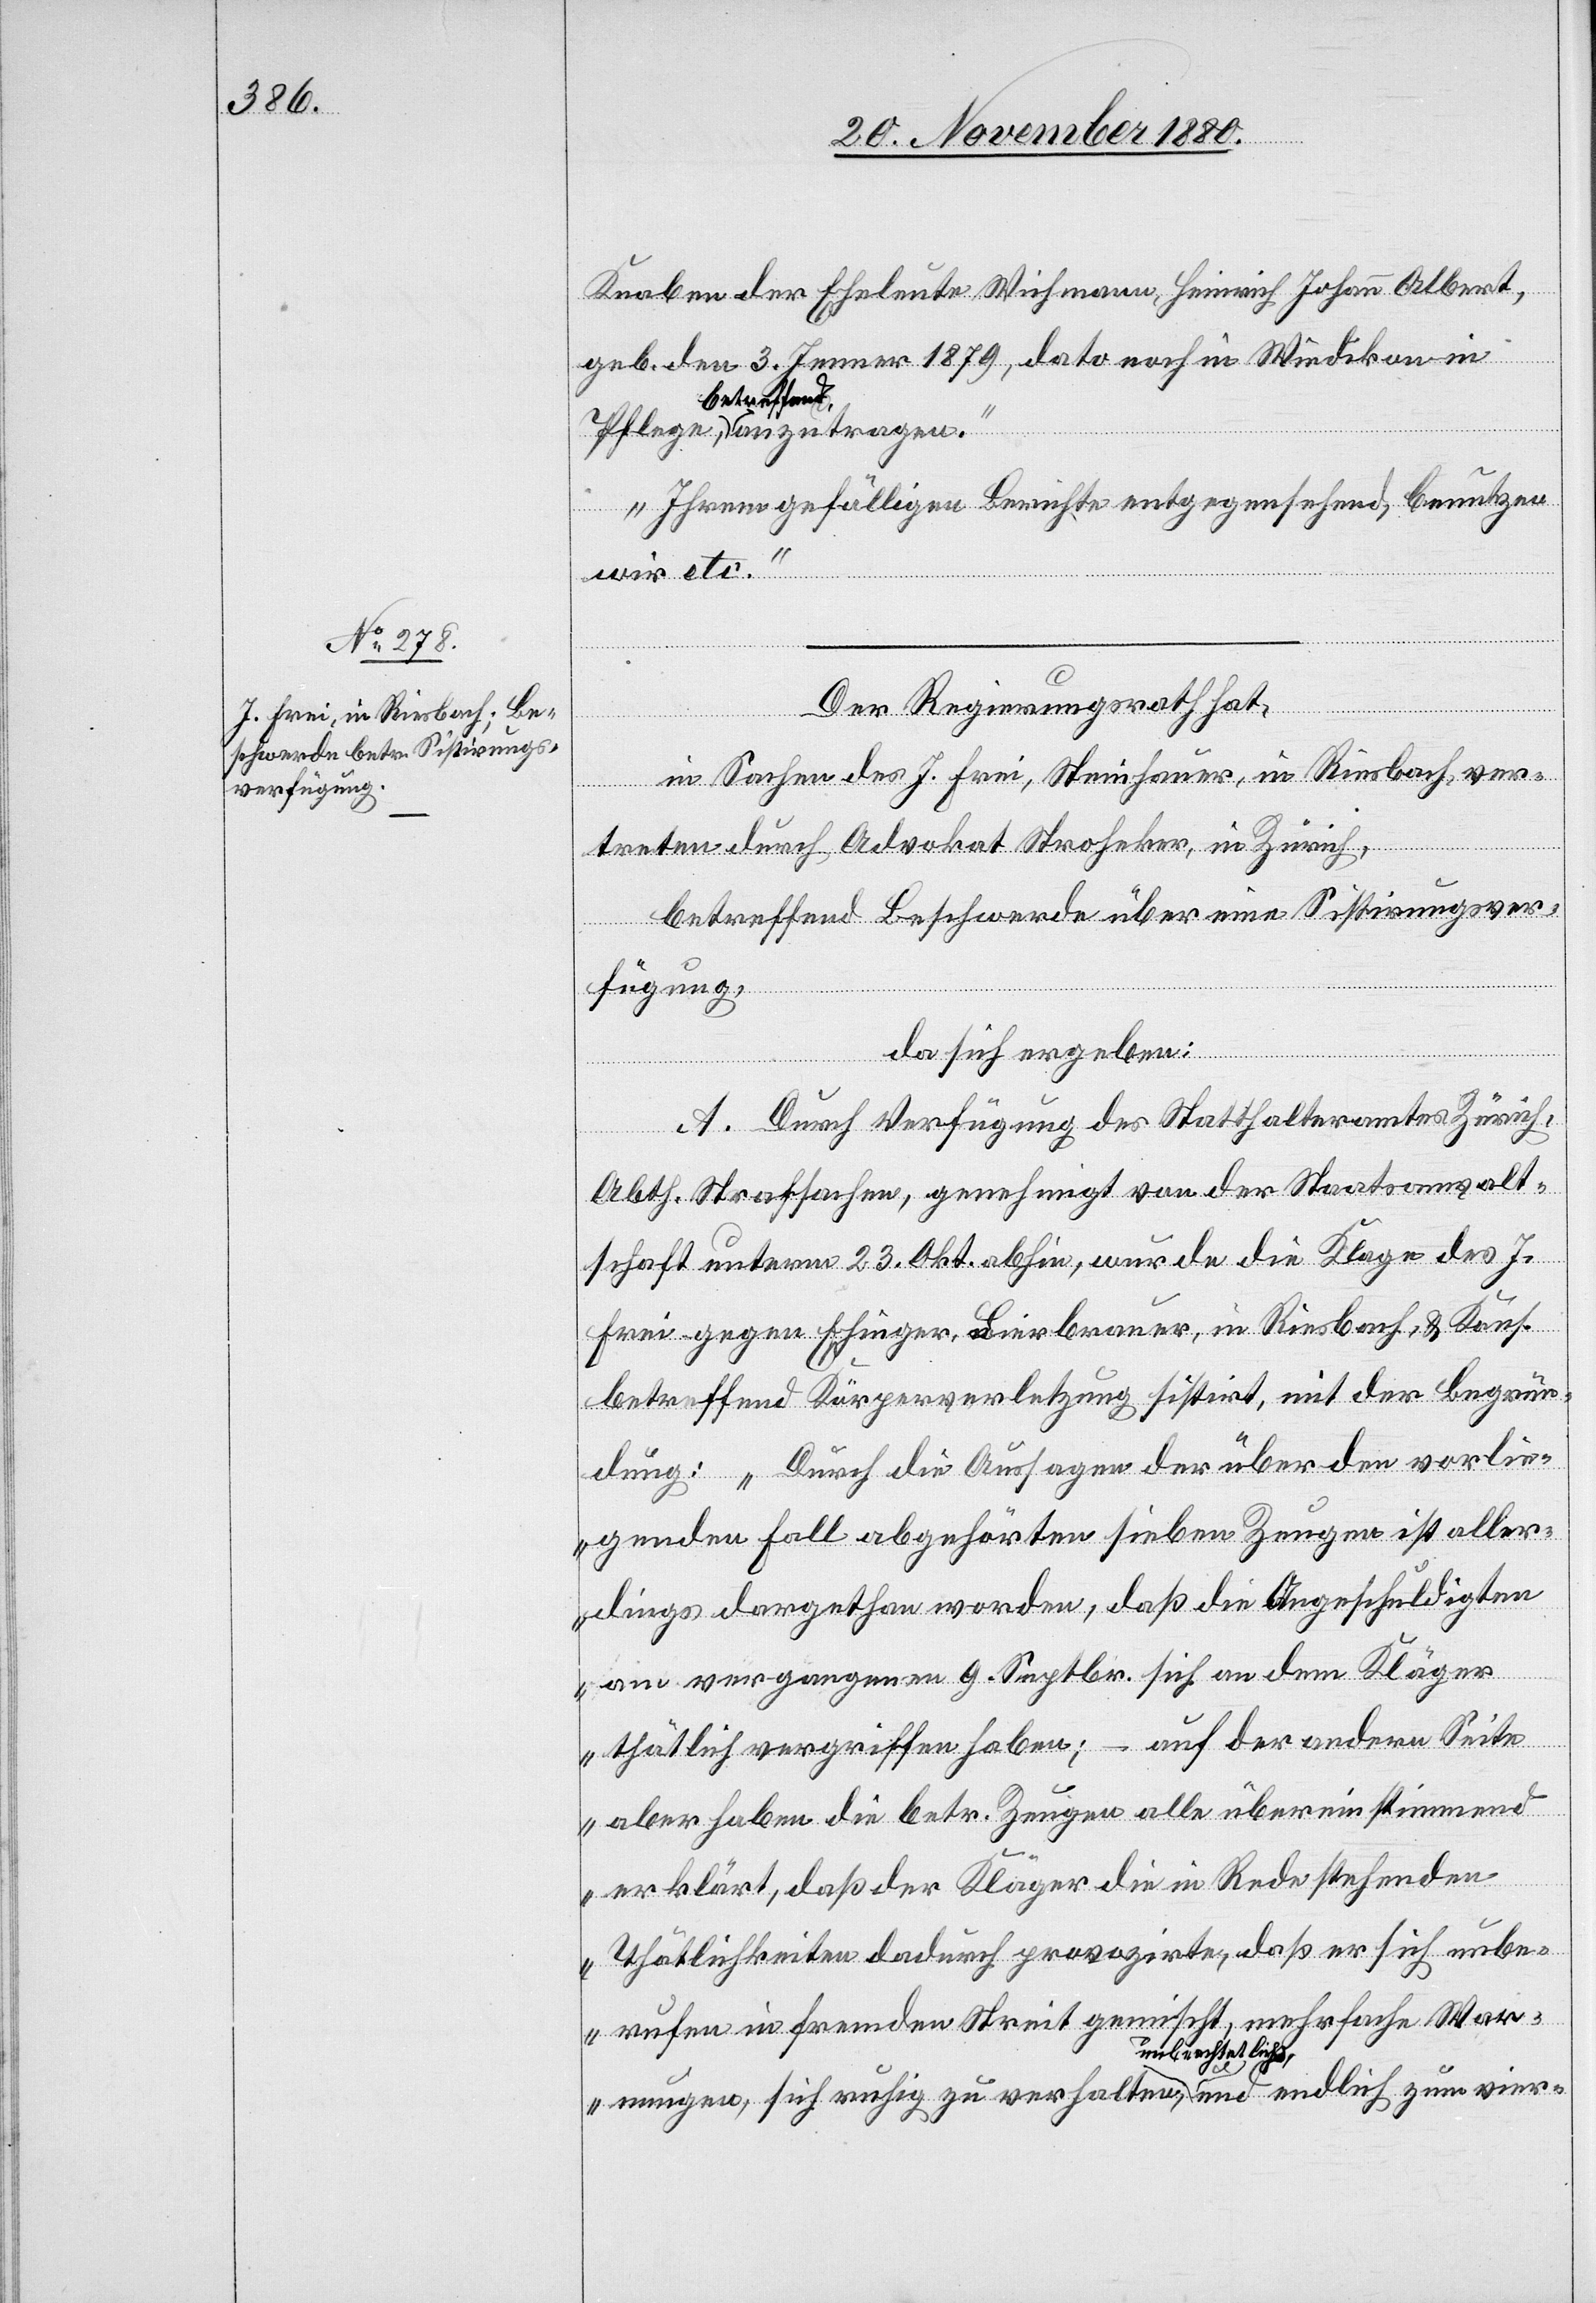
Knaben der Eheleute Wichmann, Heinrich Johann Albert,
geb. den 3. Jenner 1879, dato noch in Wiedikon in
a-betreffend-a
Ihrem gefälligen Berichte entgegensehend, benutzen
wir etc.“
anzutragen.
Der Regierungsrath hat,
In Sachen des J. Frei, Steinhauer, in Riesbach, ver¬
treten durch Advokat Stroheker, in Zürich,
betreffend Beschwerde über eine Sistirungsver¬
fügung,
vier-
da sich ergeben:
A. Durch Verfügung des Statthalteramtes Zürich,
Abth. Strafsachen, genehmigt von der Staatsanwalt¬
schaft unterm 23. Okt. abhin, wurde die Klage des J.
Frei gegen Ehinger, Bierbrauer, in Riesbach, & Kons.
betreffend Körperverletzung sistirt, mit der Begrün¬
dung: „Durch die Aussagen der über den vorlie¬
genden Fall abgehörten sieben Zeugen ist aller¬
dings dargethan worden, daß die Angeschuldigten
am vergangenen 9. Septbr. sich an dem Kläger
thätlich vergriffen haben; – auf der andern Seite
aber haben die betr. Zeugen alle übereinstimmend
erklärt, daß der Kläger die in Rede stehenden
Thätlichkeiten dadurch provozirte, daß er sich unbe¬
rufen in fremden Streit gemischt, mehrfache War¬
nungen, sich ruhig zu verhalten, a-unbeachtet ließ-a

zum